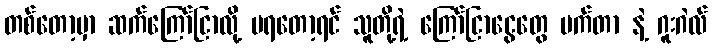
တစ်တော့မှာ ဆက်ကြော်ငြာလို့ မရတော့ရင် သူတို့ရဲ့ ကြော်ငြာငွေတွေ မက်တာ နဲ့ ဂူးဂဲလ်